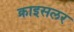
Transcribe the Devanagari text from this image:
क्राइसलर